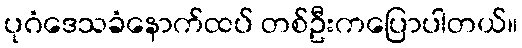
ပုဂံဒေသခံနောက်ထပ် တစ်ဦးကပြောပါတယ်။